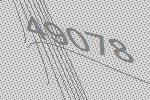
49078